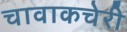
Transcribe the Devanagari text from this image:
चावाकचेरी